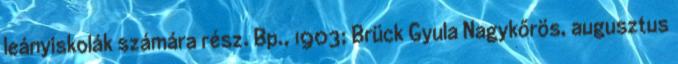
leányiskolák számára rész. Bp., 1903; Brück Gyula Nagykőrös, augusztus